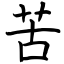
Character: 苦